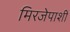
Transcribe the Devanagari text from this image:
मिरजेपाशी